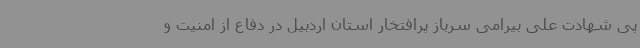
پی شهادت علی بیرامی سرباز پرافتخار استان اردبیل در دفاع از امنیت و